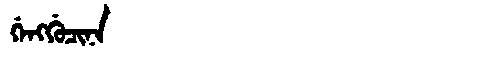
Manchu: ᡤᡝᠩᡤᡠᠴᡳᠨᠠ
Romanization: GENGGUCINA